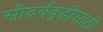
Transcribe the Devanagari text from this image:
सौदर्यवृद्धीसाठी